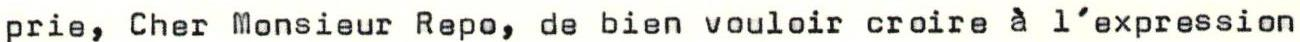
prie, Cher Monsieur Repo, de bien vouloir croire à l'expression